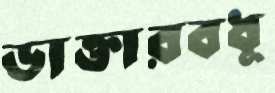
ডাক্তারবধূ